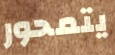
يتمحور